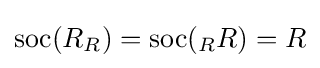
\mathrm {soc} (R_{R})=\mathrm {soc} (_{R}R)=R